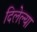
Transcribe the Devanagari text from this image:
दिलेल्‍या